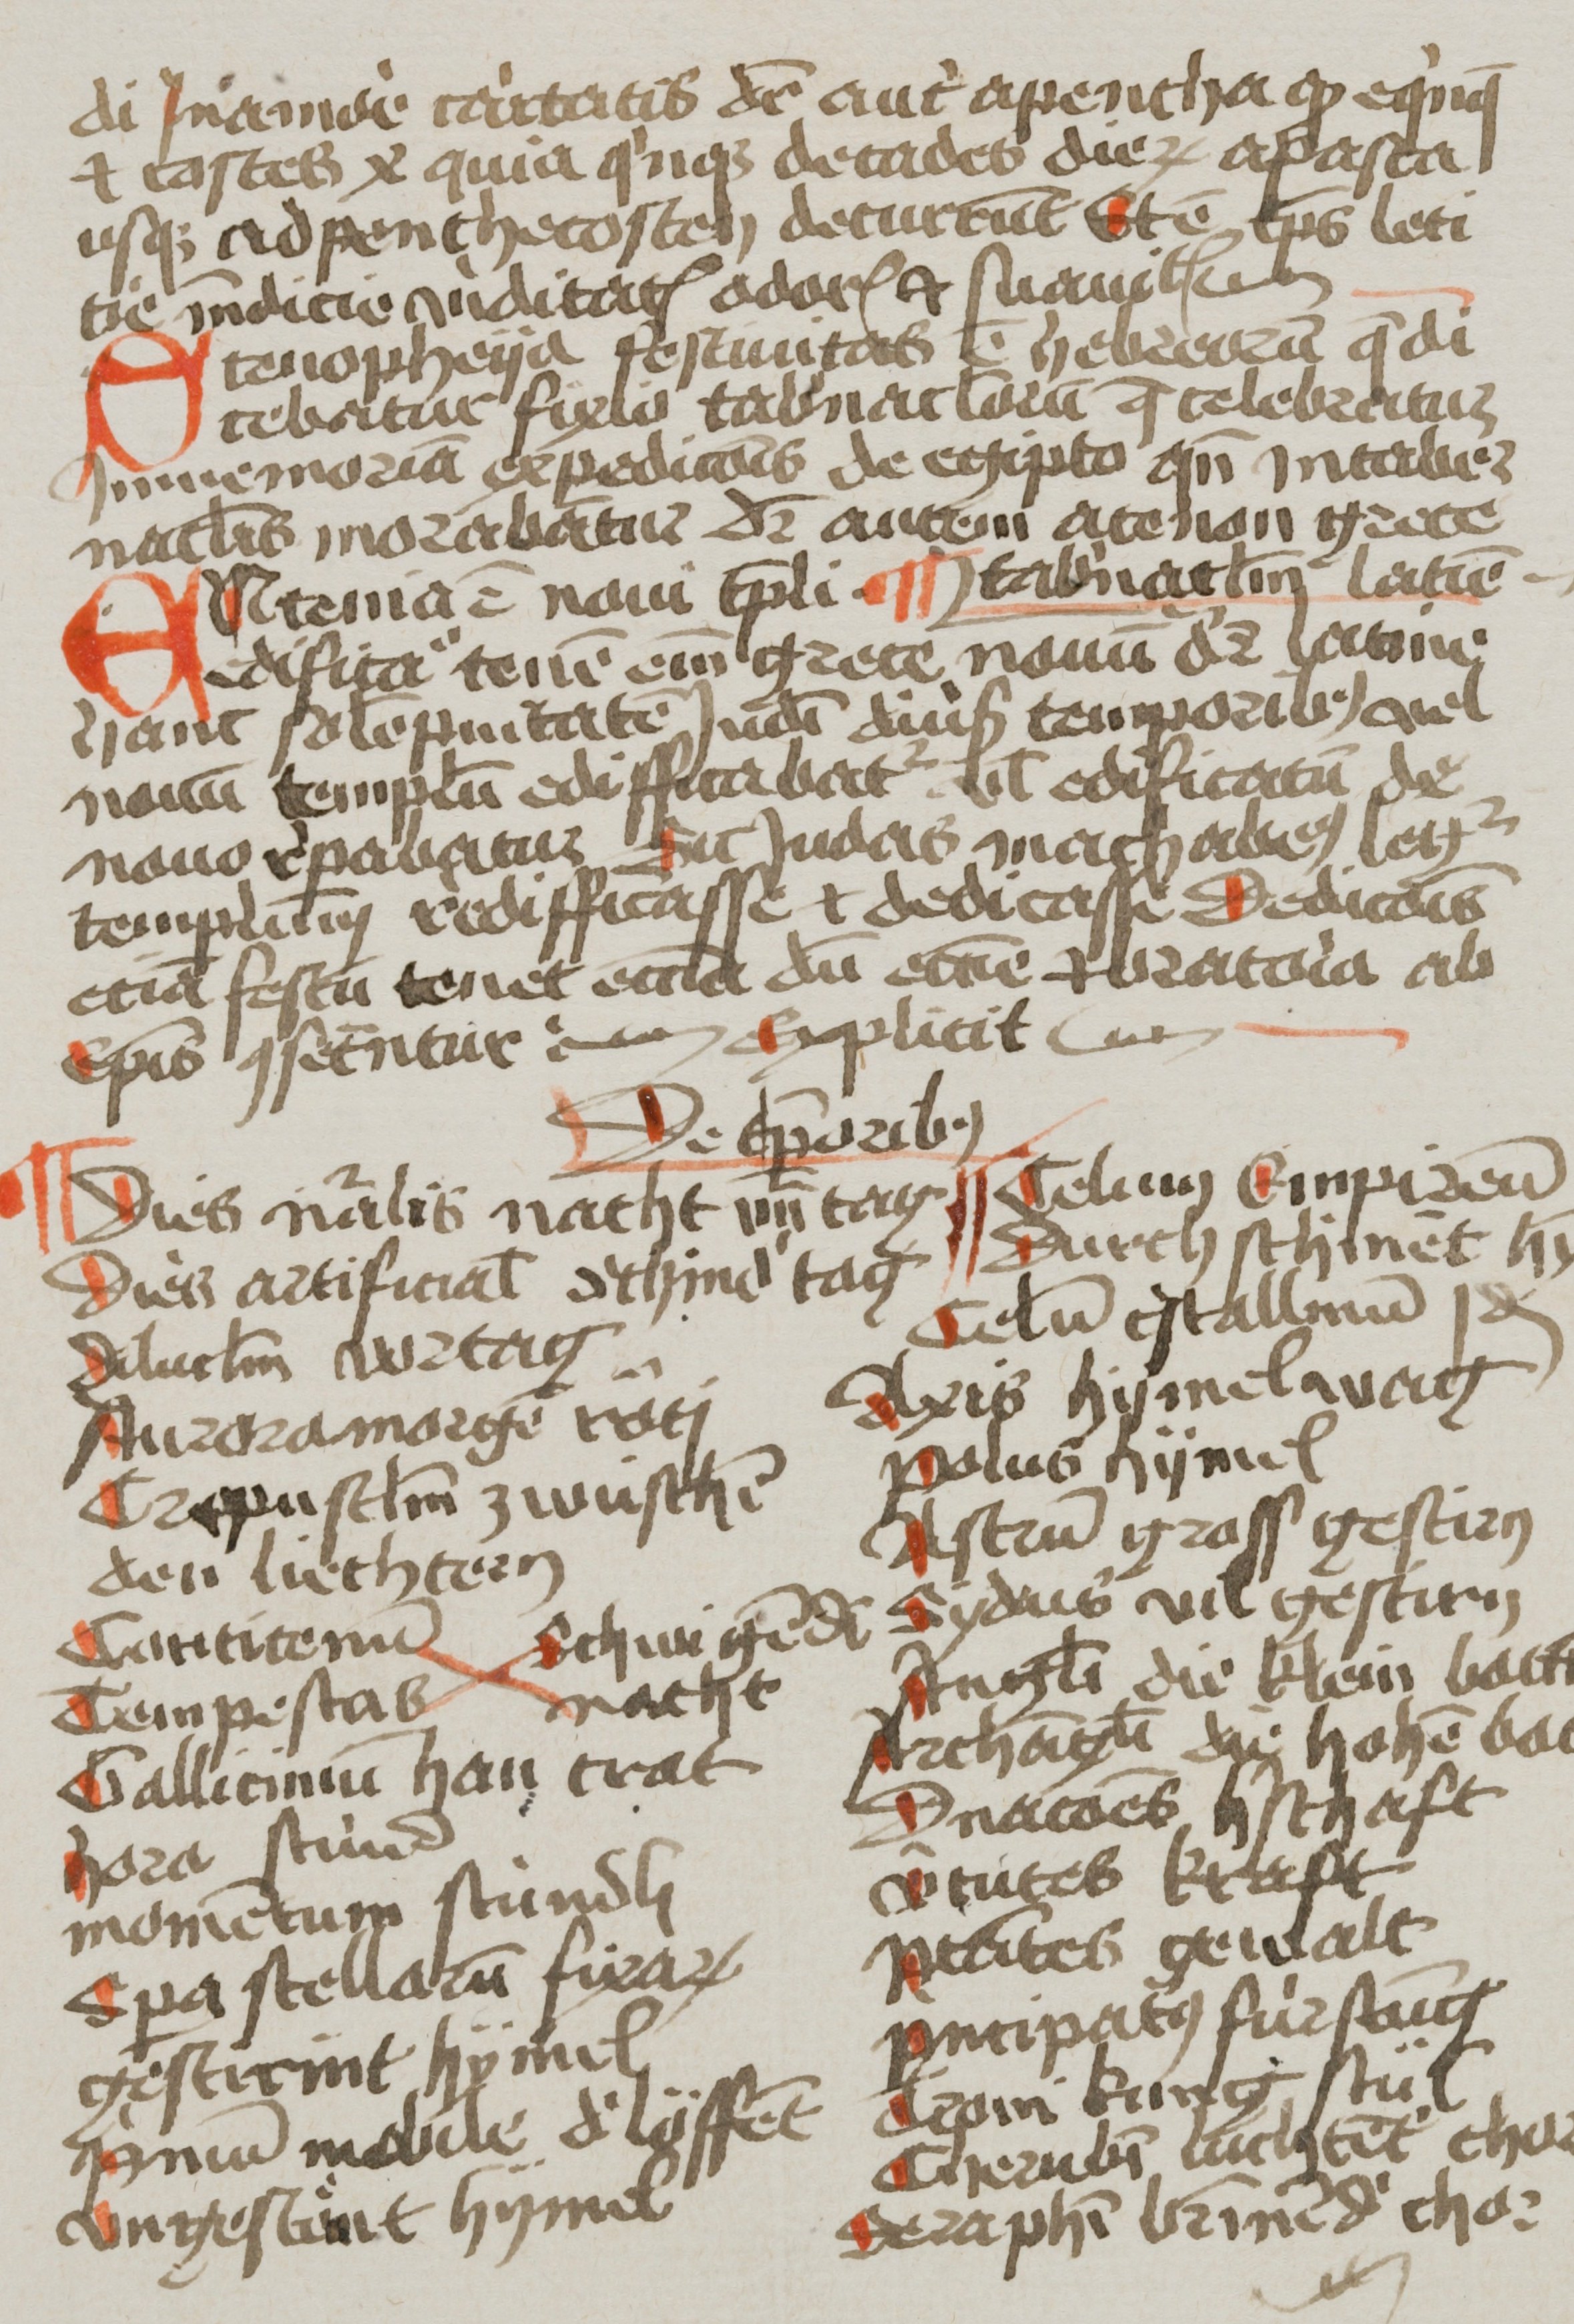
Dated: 1400–1499